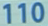
110